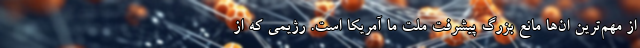
از مهم‌ترین ان‌ها مانع بزرگ پیشرفت ملت ما آمریکا است. رژیمی که از